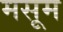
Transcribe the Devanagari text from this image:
मसूम